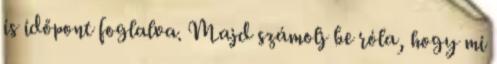
is időpont foglalva. Majd számolj be róla, hogy mi